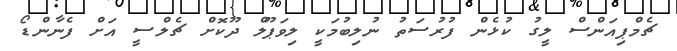
ޗެމްޕިއަންސް ލީގު ކުޅެން ފުރުސަތު ނުލިބުމަކީ ލިވަޕޫލް ދޫކޮށް ޗެލްސީ އަށް ފެނާންޑޯ